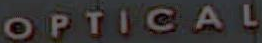
OPTICAL